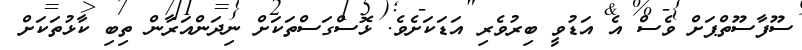
ސޫފާސޫތްޕަށް ވެސް އެ އަޑުވީ ބިރުވެރި އަޑަކަށެވެ. ޅޮސްގަސްތަކަށް ނިދަންއަރާން ތިބި ކާޅުތަކަށް